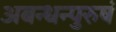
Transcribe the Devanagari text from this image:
अबन्धन्पुरुषं